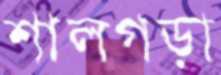
শালগড়া